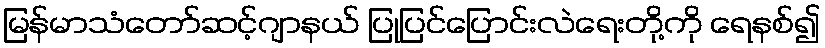
မြန်မာသံတော်ဆင့်ဂျာနယ် ပြုပြင်ပြောင်းလဲရေးတို့ကို ရေနစ်၍